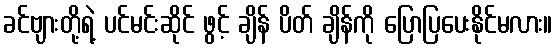
ခင်ဗျားတို့ရဲ့ ပင်မင်းဆိုင် ဖွင့် ချိန် ပိတ် ချိန်ကို ပြောပြပေးနိုင်မလား။